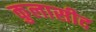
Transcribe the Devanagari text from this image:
कुलासीद